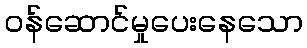
ဝန်ဆောင်မှုပေးနေသော